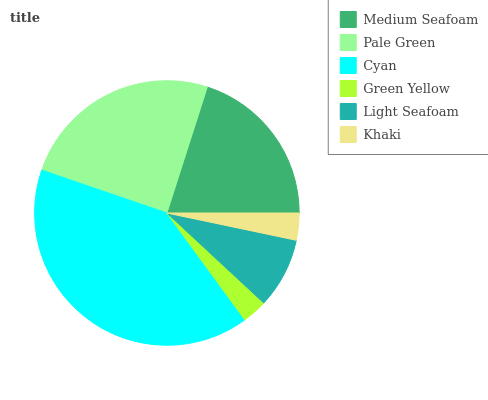
| Medium Seafoam | Pale Green | Cyan | Green Yellow | Light Seafoam | Khaki |
 | --- | --- | --- | --- | --- | --- |
 | 20.1% | 24.7% | 40.3% | 3.06% | 8.61% | 3.31% |